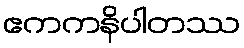
ဧကကနိပါတဿ